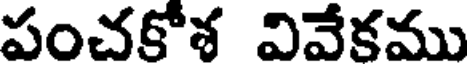
పంచకోశ వివేకము